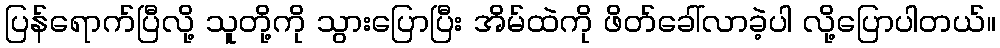
ပြန်ရောက်ပြီလို့ သူတို့ကို သွားပြောပြီး အိမ်ထဲကို ဖိတ်ခေါ်လာခဲ့ပါ လို့ပြောပါတယ်။